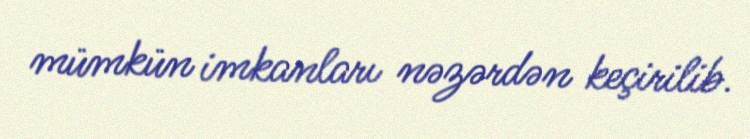
mümkün imkanları nəzərdən keçirilib.